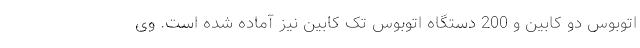
اتوبوس دو کابین و 200 دستگاه اتوبوس تک کابین نیز آماده شده است. وی